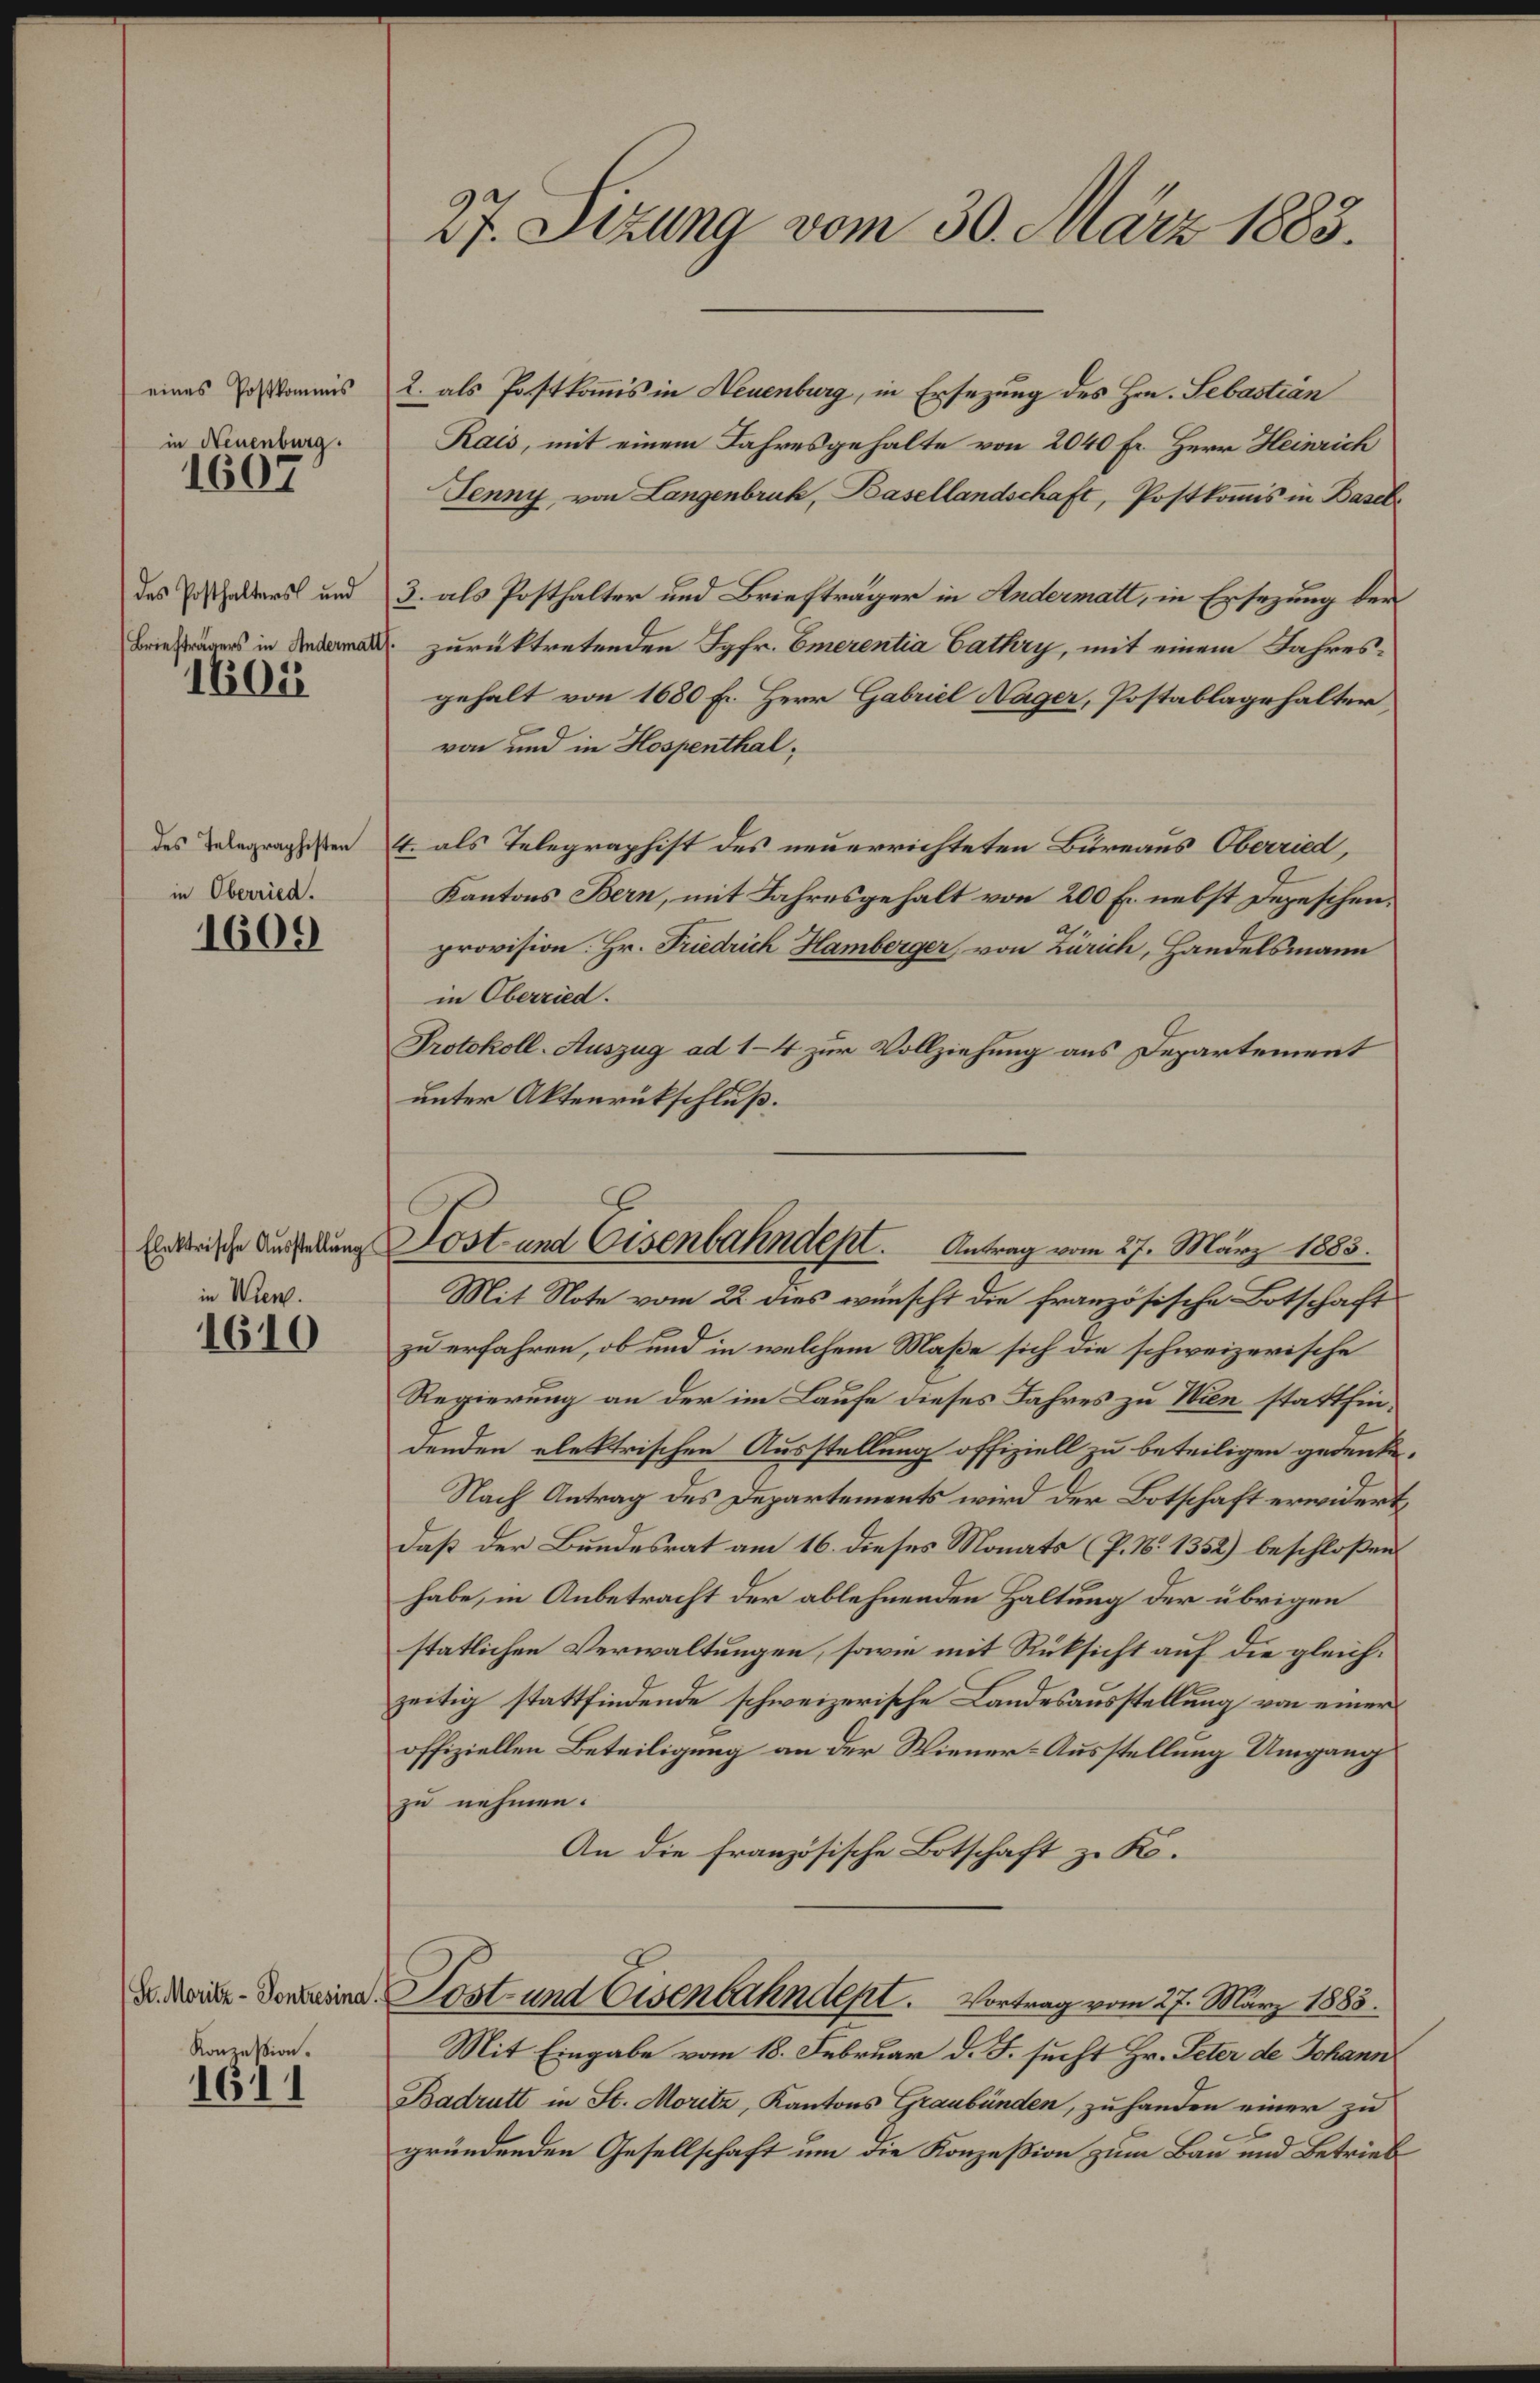
eines Postkommis
in Neuenburg.

1607

des Posthalters und
Briefträgers in Anderm

1601

des Telegraphisten
in Oberried.

1609

Elektrische Ausstellung
in Wien.

1610

St. Moritz - Pontresina

Konzession.

27. Sizung vom 30. März 1883.

Sost und Eisenbahndept. Antrag vom 27. März 1883.

2. als Postkommis in Neuenburg, in Ersezung des Hrn. Sebastian
Rais, mit einem Jahresgehalte von 2040 Fr. Herr Heinrich
Jenny, von Langenbruk, Basellandschaft, Postkoṁis in Basel-
3. als Posthalter und Briefträger in Andermatt, in Ersezung der
zurücktretenden Jgfr. Emerentia Cathry, mit einem Jahresgehalt von 1680 Fr. Herr Gabriel Nager, Postablagehalter,
von und in Hospenthal¬
4. als Telegraphist des neuerrichteten Bureaus Oberried,
Kantons Bern, mit Jahresgehalt von 200 Fr. nebst Depeschen.
provision. Hr. Friedrich Hamberger, von Zürich, Handelsmann
in Oberried.
Protokoll-Auszug ad 1-4 zur Vollziehung aus Departement
unter Aktenrückschluß.
Mit Note vom 22. dies wünscht die französische Botschaft
zu erfahren, ob und in welchem Maße sich die schweizerische
Regierung an der im Laufe dieses Jahres zu Wien stattfindenden elektrischen Ausstellung offiziell zu beteiligen gedenke.
Nach Antrag des Departements wird der Botschaft erwidert,
daß der Bundesrat am 16. dieses Monats (P. N. 1352) beschloßen:
habe, in Anbetracht der ablehnenden Haltung der übrigen
stätlichen Verwaltungen, sowie mit Rüksicht auf die gleichzeitig stattfindende schweizerische Landesausstellung von einer
offiziellen Beteiligung an der Wiener-Ausstellung Umgang
zu nehmen.
An die Französische Botschaft zu Ko¬
Sost- und Eisenbahndept. Vortrag vom 27. März 1883.
Mit Eingabe vom 18. Februar d. J. sucht Hr. Peter de Johann
Badrutt in St. Moritz, Kantons Graubünden, zu handen einer zu
gründenden Gesellschaft um die Konzession zum Bau und Betrieb